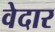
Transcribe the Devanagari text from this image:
वेदार